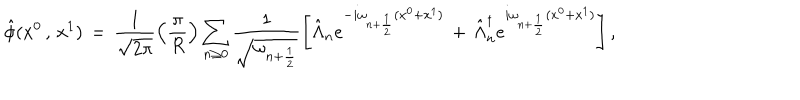
\hat { \phi } ( x ^ { 0 } \, , \, x ^ { 1 } ) \, = \, \frac { 1 } { \sqrt { 2 \pi } } \left( \frac { \pi } { R } \right) \sum _ { n \geq 0 } \frac { 1 } { \sqrt { \omega _ { n + \frac { 1 } { 2 } } } } \left[ \hat { \Lambda } _ { n } e ^ { - i \omega _ { n + \frac { 1 } { 2 } } ( x ^ { 0 } + x ^ { 1 } ) } \, + \, \hat { \Lambda } _ { n } ^ { \dagger } e ^ { i \omega _ { n + \frac { 1 } { 2 } } ( x ^ { 0 } + x ^ { 1 } ) } \right] ,